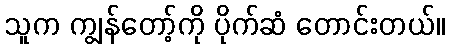
သူက ကျွန်တော့်ကို ပိုက်ဆံ တောင်းတယ်။